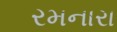
રમનારા